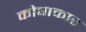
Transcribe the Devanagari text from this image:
कोषाकार